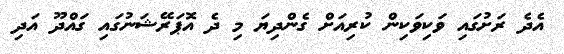
އެދެ ރަށުގައި ވަކިވަކިން ކުރިއަށް ގެންދިޔަ މި ދެ އޮޕަރޭޝަނުގައި ގައްދޫ އަދި